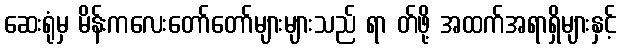
ဆေးရုံမှ မိန်းကလေးတော်တော်များများသည် ရာ တ်ဖို့ အထက်အရာရှိများနှင့်